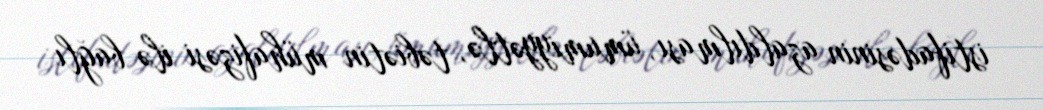
istifadəsinin azaldılması, ümumiyyətlə, təbiətin mühafizəsi ilə bağlı